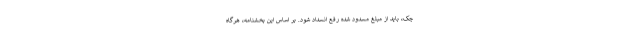
چک، باید از مبلغ مسدود شده رفع انسداد شود. بر اساس این بخشنامه، هرگاه